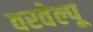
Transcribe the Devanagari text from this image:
वरवेल्पू